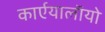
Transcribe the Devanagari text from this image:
कार्एयालाॅयो